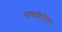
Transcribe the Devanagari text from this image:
नावांबरोबर